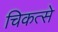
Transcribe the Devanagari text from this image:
चिकत्से